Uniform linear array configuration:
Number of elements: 4
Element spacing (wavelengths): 1
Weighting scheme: exponential
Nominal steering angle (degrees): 45
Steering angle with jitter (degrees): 43.708
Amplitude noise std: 0.05
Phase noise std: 0.05

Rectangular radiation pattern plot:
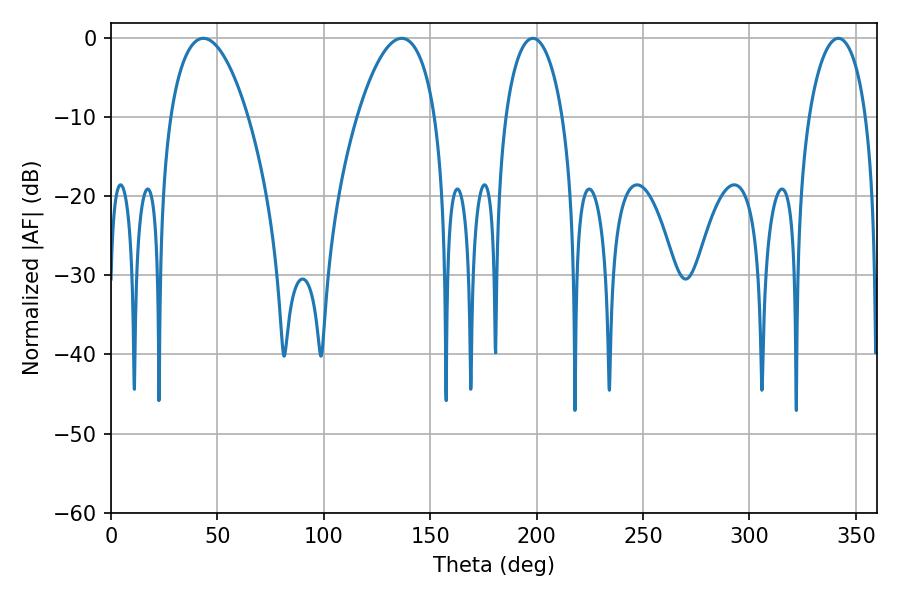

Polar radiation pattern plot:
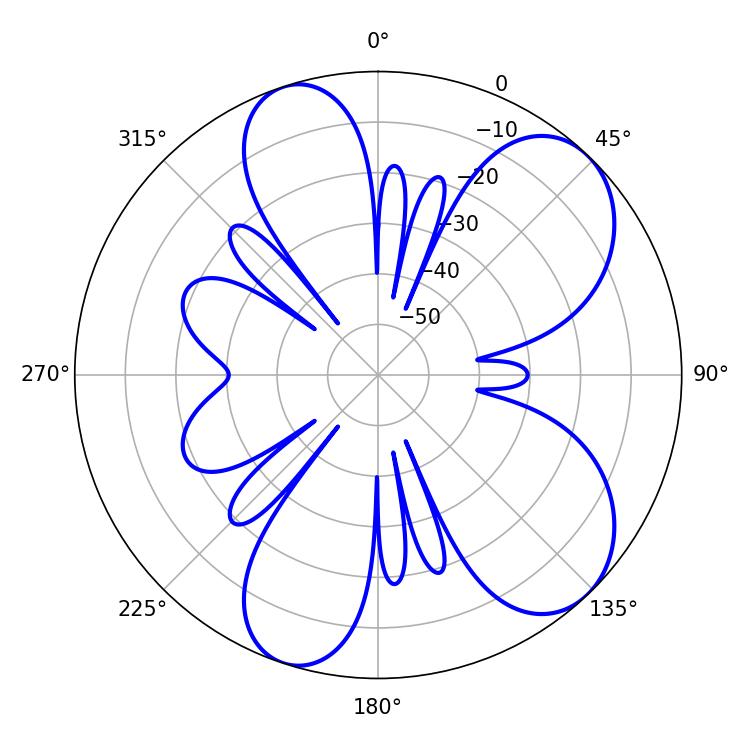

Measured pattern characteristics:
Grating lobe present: TRUE
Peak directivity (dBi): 7.653
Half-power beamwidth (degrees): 20.52
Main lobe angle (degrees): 43.38